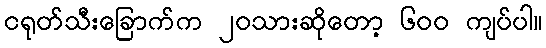
ငရုတ်သီးခြောက်က ၂၀သားဆိုတော့ ၆၀၀ ကျပ်ပါ။